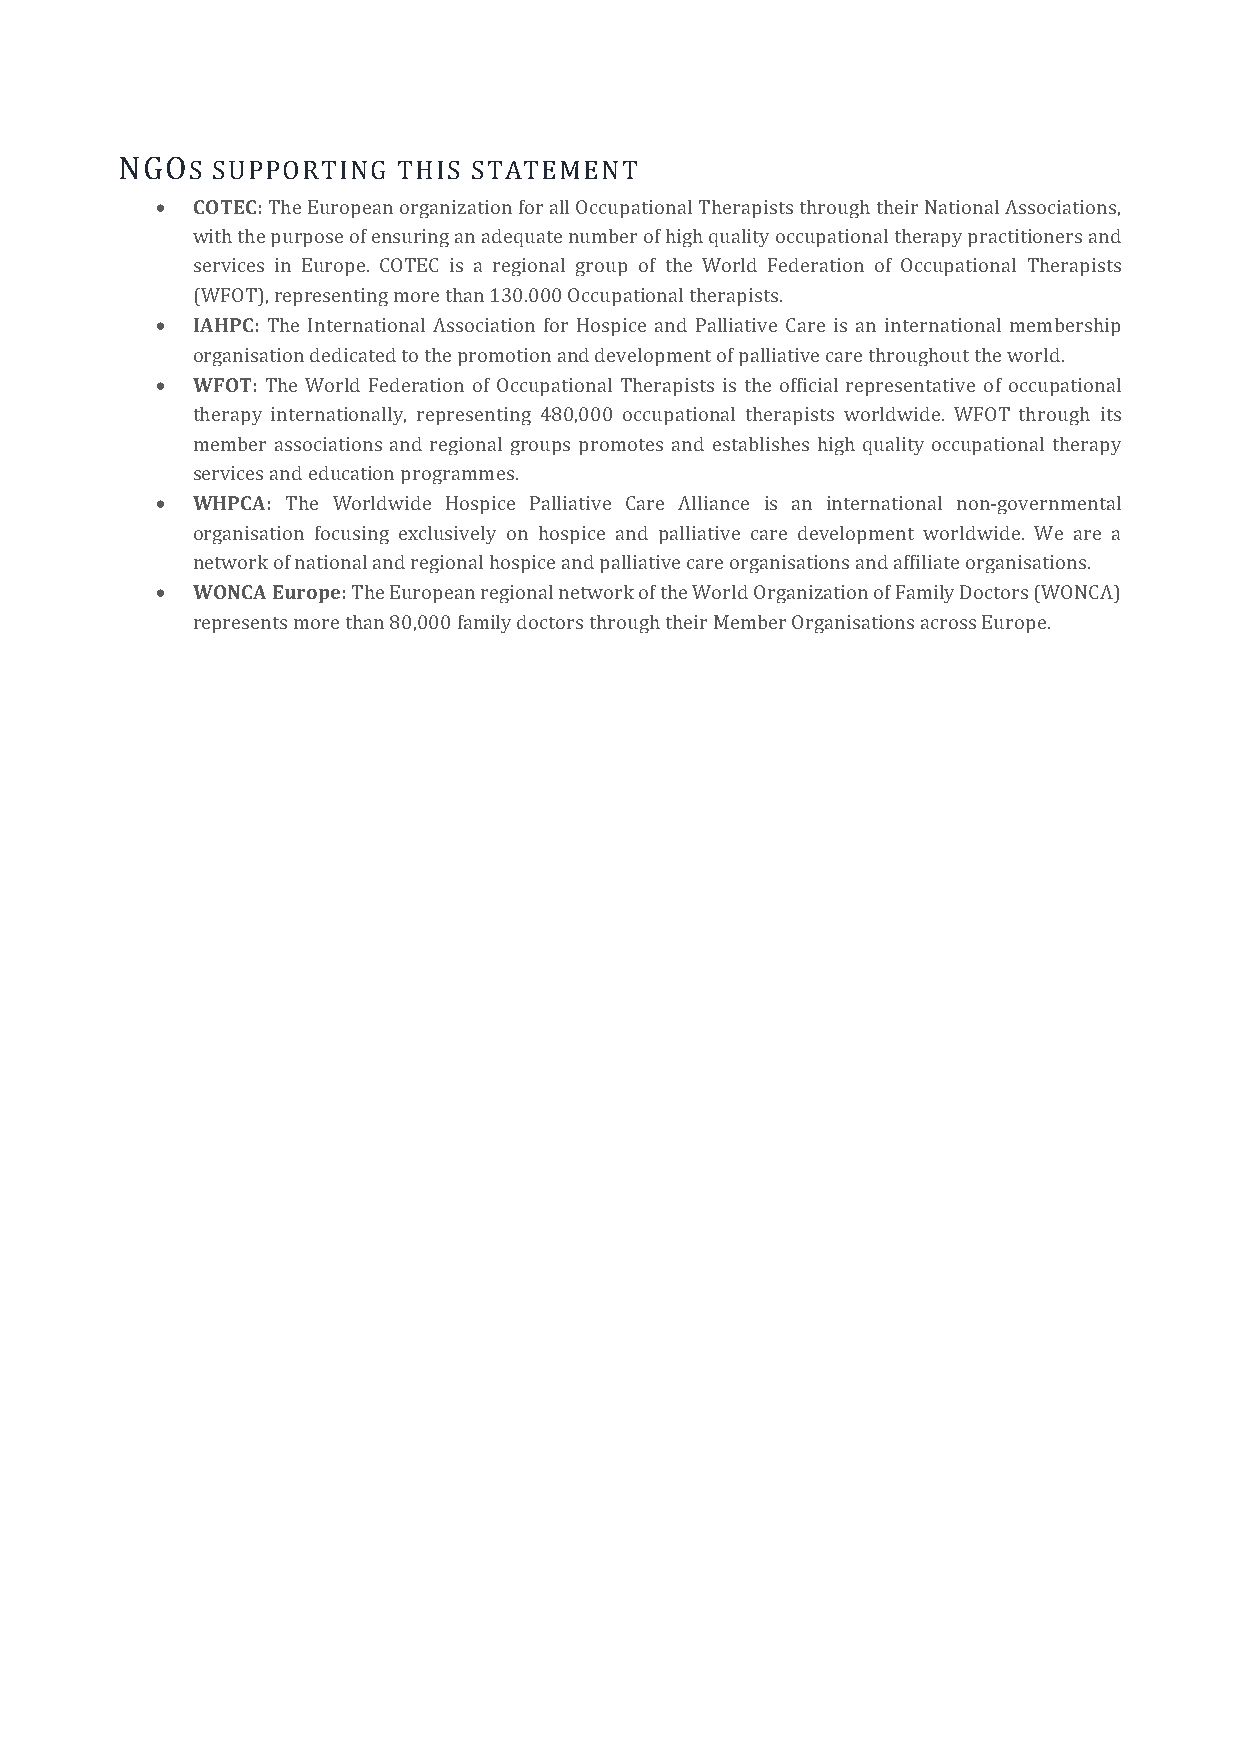
NGOS  SUPPORTING  THIS STATEMENT
 •  COTEC: The European organization for all Occupational Therapists through their National Associations,
 with the purpose of ensuring an adequate number of high quality occupational therapy practitioners and
 services in Europe. COTEC is a regional group of the World Federation of Occupational Therapists
 (WFOT), representing more than 130.000 Occupational therapists.
 •  IAHPC: The International Association for Hospice and Palliative Care is an international membership
 organisation dedicated to the promotion and development of palliative care throughout the world.
 •  WFOT: The World Federation of Occupational Therapists is the official representative of occupational
 therapy internationally, representing 480,000 occupational therapists worldwide. WFOT through its
 member associations and regional groups promotes and establishes high quality occupational therapy
 services and education programmes.
 •  WHPCA: The Worldwide Hospice Palliative Care Alliance is an international non-governmental
 organisation focusing exclusively on hospice and palliative care development worldwide. We are a
 network of national and regional hospice and palliative care organisations and affiliate organisations.
 •  WONCA Europe: The European regional network of the World Organization of Family Doctors (WONCA)
 represents more than 80,000 family doctors through their Member Organisations across Europe.